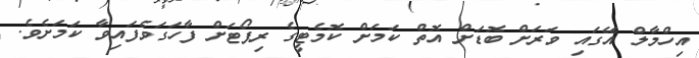
އިހްމާލް އޭގައި ވަރަށް ބޮޑަށް އޮތް ކަމަށް ކޮމެޓީގެ ރިޕޯޓަށް ފާހަގަވެފައިވާ ކަމަށެވެ.